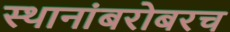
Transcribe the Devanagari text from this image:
स्थानांबरोबरच